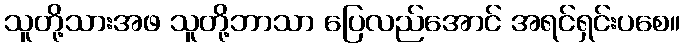
သူတို့သားအဖ သူတို့ဘာသာ ပြေလည်အောင် အရင်ရှင်းပစေ။